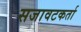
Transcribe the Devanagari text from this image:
सजावटकर्ता